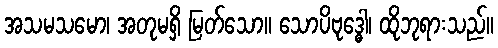
အသမသမော၊ အတုမရှိ မြတ်သော။ သောပိဗုဒ္ဓေါ၊ ထိုဘုရားသည်။